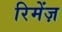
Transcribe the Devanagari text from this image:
रिमेंज़